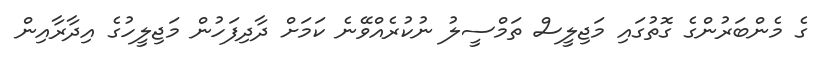
ގެ މެންބަރުންގެ ގޮތުގައި މަޖިލީސް ތަމްސީލު ނުކުރެއްވޭނެ ކަމަށް ދާދިފަހުން މަޖިލީހުގެ އިދާރާއިން